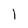
Character: 1